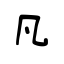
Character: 凡